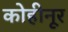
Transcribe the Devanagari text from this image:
कोहीनूर